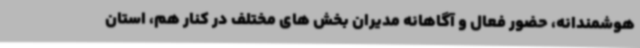
هوشمندانه، حضور فعال و آگاهانه مدیران بخش های مختلف در کنار هم، استان